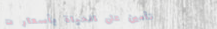
تأمين على الحياة بأسعار ت